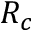
R _ { c }